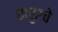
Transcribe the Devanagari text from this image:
धारुरचे